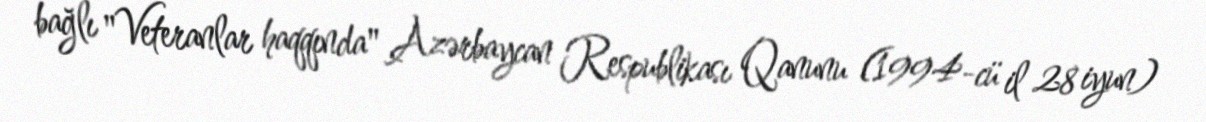
bağlı "Veteranlar haqqında" Azərbaycan Respublikası Qanunu (1994-cü il 28 iyun)